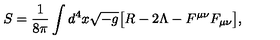
S = \frac { 1 } { 8 \pi } \int d ^ { 4 } x \sqrt { - g } { \bigl [ } R - 2 \Lambda - F ^ { \mu \nu } F _ { \mu \nu } { \bigr ] } ,